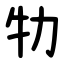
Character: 牞